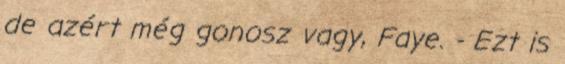
de azért még gonosz vagy, Faye. - Ezt is